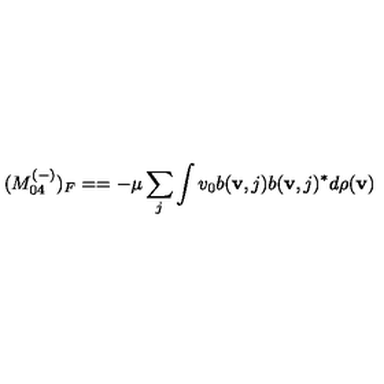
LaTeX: ( M _ { 0 4 } ^ { ( - ) } ) _ { F } = = - \mu \sum _ { j } \int v _ { 0 } b ( { \bf v } , j ) b ( { \bf v } , j ) ^ { * } d \rho ( { \bf v } )